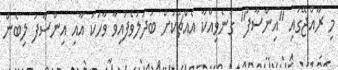
މި ރާއްޖޭގައި "އިންސާފު" ގަނެވިއްކާ އެއްޗަކަށް ބަދަލުވެފައިވާ ވާހަކަ އާއި އިންސާފު ލިބެން